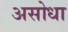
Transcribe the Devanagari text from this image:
असोधा